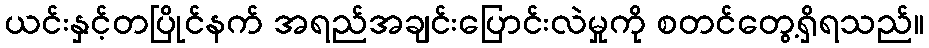
ယင်းနှင့်တပြိုင်နက် အရည်အချင်းပြောင်းလဲမှုကို စတင်တွေ့ရှိရသည်။